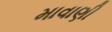
માવાણી